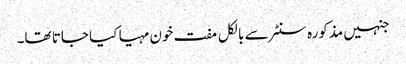
جنہیں مذکورہ سنٹر سے بالکل مفت خون مہیا کیا جاتا تھا۔